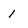
Character: 1